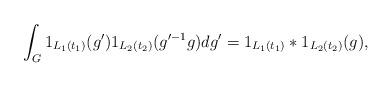
LaTeX: \begin{align*} \int_{G}^{} 1_{L_1 (t_1)} (g') 1_{L_2 (t_2)} (g'^{-1} g) dg' = 1_{L_1 (t_1)} * 1_{L_2 (t_2)} (g), \end{align*}